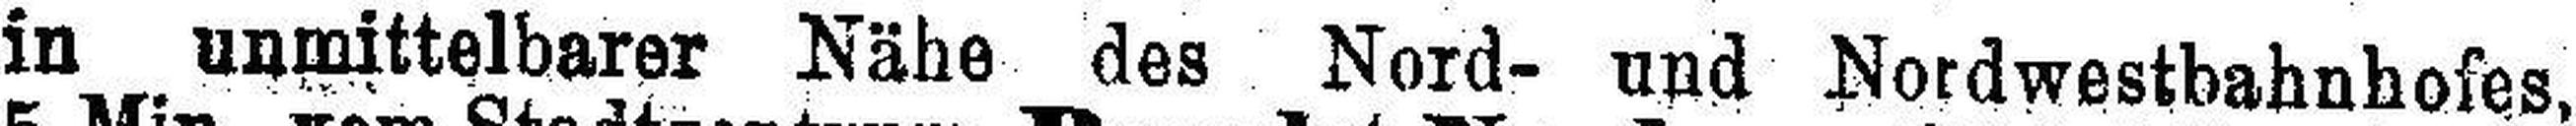
in unmittelbarer Nähe des Nord- und Nordwestbahnhofes,